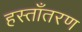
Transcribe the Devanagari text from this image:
हस्ताँतरण